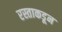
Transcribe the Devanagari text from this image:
रस्ताकडून